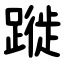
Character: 蹝